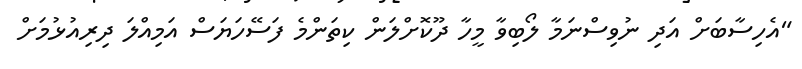
"އެހިސާބަށް އަދި ނުވިސްނަމާ ލޯބިވާ މީހާ ދޫކޮށްލަން ކިތަންމެ ފަސޭހަޔަސް އަމިއްލަ ދިރިއުޅުމަށް